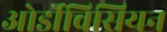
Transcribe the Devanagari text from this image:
ओर्डोविसियन